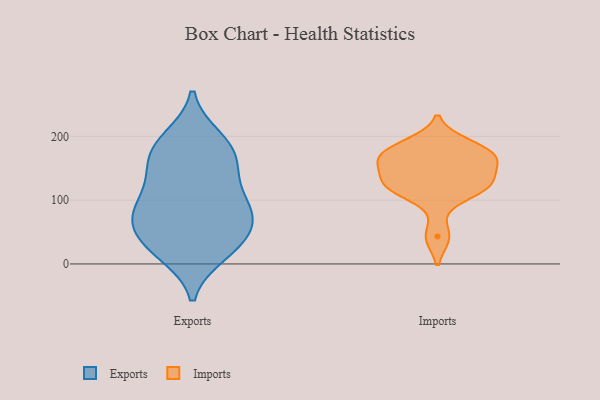
{"axis": {"x": "Satisfaction Score", "y": "Value"}, "legend": ["Exports", "Imports"], "data": [{"x": "", "y": 167, "type": "Exports"}, {"x": "", "y": 83, "type": "Exports"}, {"x": "", "y": 24, "type": "Exports"}, {"x": "", "y": 97, "type": "Exports"}, {"x": "", "y": 185, "type": "Exports"}, {"x": "", "y": 70, "type": "Exports"}, {"x": "", "y": 28, "type": "Exports"}, {"x": "", "y": 186, "type": "Exports"}, {"x": "", "y": 33, "type": "Exports"}, {"x": "", "y": 197, "type": "Exports"}, {"x": "", "y": 80, "type": "Exports"}, {"x": "", "y": 142, "type": "Exports"}, {"x": "", "y": 149, "type": "Exports"}, {"x": "", "y": 70, "type": "Exports"}, {"x": "", "y": 66, "type": "Exports"}, {"x": "", "y": 16, "type": "Exports"}, {"x": "", "y": 120, "type": "Exports"}, {"x": "", "y": 188, "type": "Imports"}, {"x": "", "y": 111, "type": "Imports"}, {"x": "", "y": 126, "type": "Imports"}, {"x": "", "y": 161, "type": "Imports"}, {"x": "", "y": 160, "type": "Imports"}, {"x": "", "y": 123, "type": "Imports"}, {"x": "", "y": 168, "type": "Imports"}, {"x": "", "y": 176, "type": "Imports"}, {"x": "", "y": 127, "type": "Imports"}, {"x": "", "y": 43, "type": "Imports"}]}